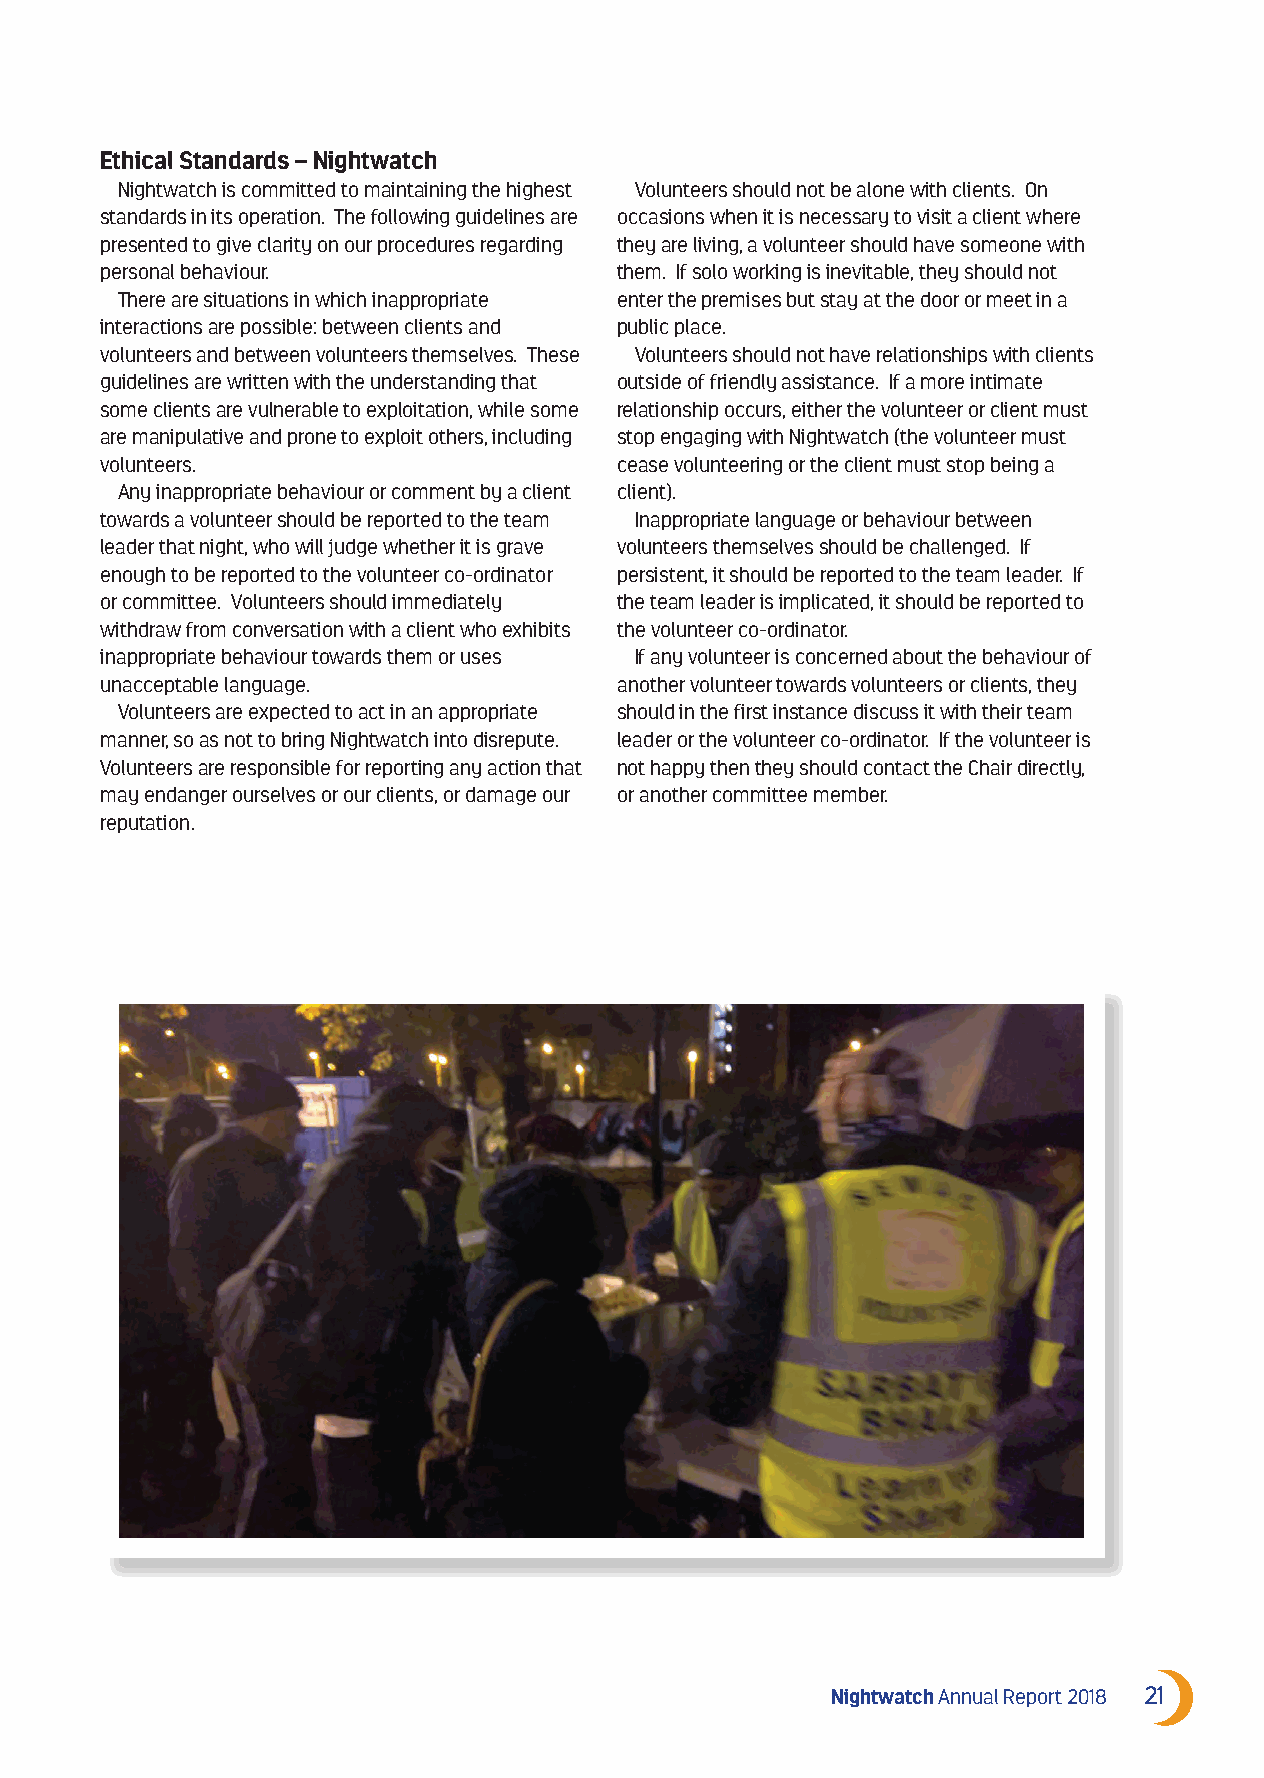
Ethical Standards – Nightwatch
 Nightwatch is committed to maintaining the highest Volunteers should not be alone with clients. On
 standards in its operation. The following guidelines are occasions when it is necessary to visit a client where
 presented to give clarity on our procedures regarding they are living, a volunteer should have someone with
 personal behaviour.               them. If solo working is inevitable, they should not
 There are situations in which inappropriate enter the premises but stay at the door or meet in a
 interactions are possible: between clients and public place.
 volunteers and between volunteers themselves. These Volunteers should not have relationships with clients
 guidelines are written with the understanding that outside of friendly assistance. If a more intimate
 some clients are vulnerable to exploitation, while some relationship occurs, either the volunteer or client must
 are manipulative and prone to exploit others, including stop engaging with Nightwatch (the volunteer must
 volunteers.                       cease volunteering or the client must stop being a
 Any inappropriate behaviour or comment by a client client).
 towards a volunteer should be reported to the team Inappropriate language or behaviour between
 leader that night, who will judge whether it is grave volunteers themselves should be challenged. If
 enough to be reported to the volunteer co-ordinator persistent, it should be reported to the team leader. If
 or committee. Volunteers should immediately the team leader is implicated, it should be reported to
 withdraw from conversation with a client who exhibits the volunteer co-ordinator.
 inappropriate behaviour towards them or uses If any volunteer is concerned about the behaviour of
 unacceptable language.            another volunteer towards volunteers or clients, they
 Volunteers are expected to act in an appropriate should in the first instance discuss it with their team
 manner, so as not to bring Nightwatch into disrepute. leader or the volunteer co-ordinator. If the volunteer is
 Volunteers are responsible for reporting any action that not happy then they should contact the Chair directly,
 may endanger ourselves or our clients, or damage our or another committee member.
 reputation.
 Nightwatch Annual Report 2018 21